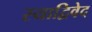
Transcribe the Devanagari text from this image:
स्याद्विवेद